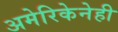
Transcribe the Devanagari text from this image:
अमेरिकेनेही